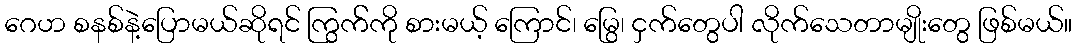
ဂေဟ စနစ်နဲ့ပြောမယ်ဆိုရင် ကြွက််ကို စားမယ့် ကြောင်၊ မြွေ၊ ငှက်တွေပါ လိုက်သေတာမျိုးတွေ ဖြစ်မယ်။